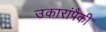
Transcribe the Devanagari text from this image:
उकारांपैकी